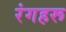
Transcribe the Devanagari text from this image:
रंगहरू